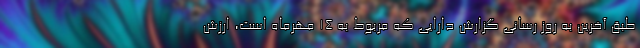
طبق آخرین به روز رسانی گزارش دارایی که مربوط به ۱۴ مهرماه است، ارزش